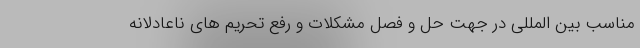
مناسب بین المللی در جهت حل و فصل مشکلات و رفع تحریم های ناعادلانه